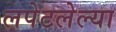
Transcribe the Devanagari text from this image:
लपेटलेल्या